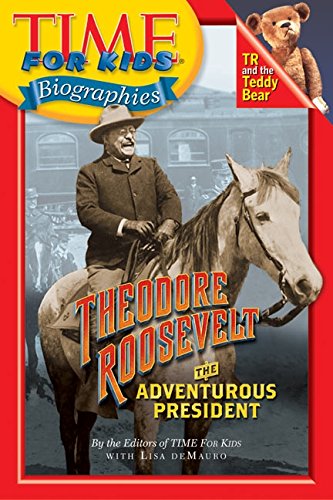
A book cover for Time For Kids: Theodore Roosevelt: The Adventurous President (Time for Kids Biographies); Editors of TIME For Kids; Children's Books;